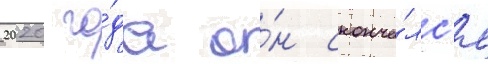
2020 го́да о́н сконча́лс'я